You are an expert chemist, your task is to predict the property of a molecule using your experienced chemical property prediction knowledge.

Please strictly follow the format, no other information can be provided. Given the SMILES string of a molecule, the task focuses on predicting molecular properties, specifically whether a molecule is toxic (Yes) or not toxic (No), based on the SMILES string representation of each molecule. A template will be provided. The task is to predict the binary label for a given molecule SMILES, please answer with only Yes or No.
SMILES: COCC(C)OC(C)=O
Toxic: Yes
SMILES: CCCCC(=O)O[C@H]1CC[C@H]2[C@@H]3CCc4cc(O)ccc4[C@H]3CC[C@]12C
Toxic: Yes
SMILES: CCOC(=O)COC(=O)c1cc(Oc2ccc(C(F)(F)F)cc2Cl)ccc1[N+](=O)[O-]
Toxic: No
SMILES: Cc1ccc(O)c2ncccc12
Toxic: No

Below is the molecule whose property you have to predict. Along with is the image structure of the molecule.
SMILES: C=CC(=O)NCOCCCC
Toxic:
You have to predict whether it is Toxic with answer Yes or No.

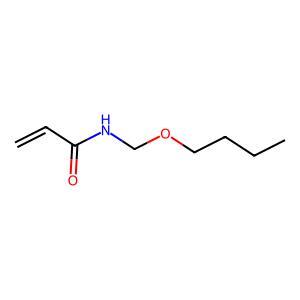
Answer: No